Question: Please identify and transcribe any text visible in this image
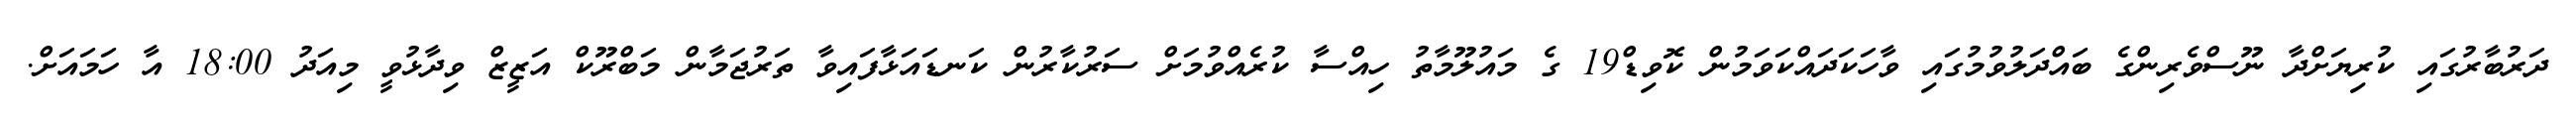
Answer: ދަރުބާރުގައި ކުރިޔަށްދާ ނޫސްވެރިންގެ ބައްދަލުވުމުގައި ވާހަކަދައްކަވަމުން ކޮވިޑް19 ގެ މައުލޫމާތު ހިއްސާ ކުރެއްވުމަށް ސަރުކާރުން ކަނޑައަޅާފައިވާ ތަރުޖަމާން މަބްރޫކް އަޒީޒް ވިދާޅުވީ މިއަދު 18:00 އާ ހަމައަށް.